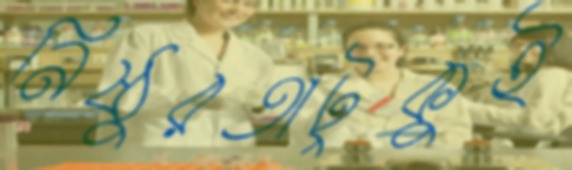
নিষ্ঠুরতাটুকুই